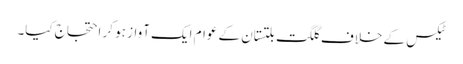
ٹیکس کے خلاف گلگت بلتستان کے عوام ایک آواز ہو کر احتجاج کیا۔